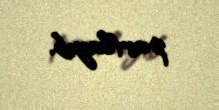
partlayıb.